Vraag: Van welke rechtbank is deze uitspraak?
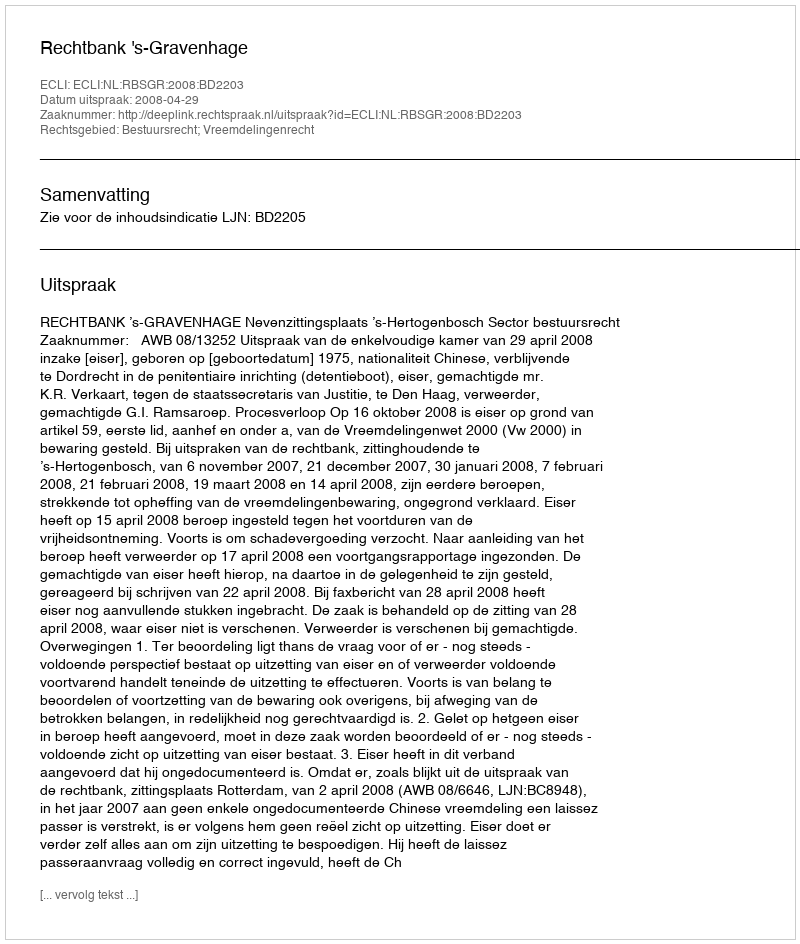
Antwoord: Rechtbank 's-Gravenhage